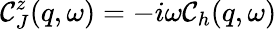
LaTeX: \mathcal{C}_{J}^{z}(q,\omega)=-i\omega\mathcal{C}_{h}(q,\omega)